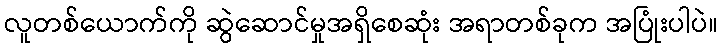
လူတစ်ယောက်ကို ဆွဲဆောင်မှုအရှိစေဆုံး အရာတစ်ခုက အပြုံးပါပဲ။